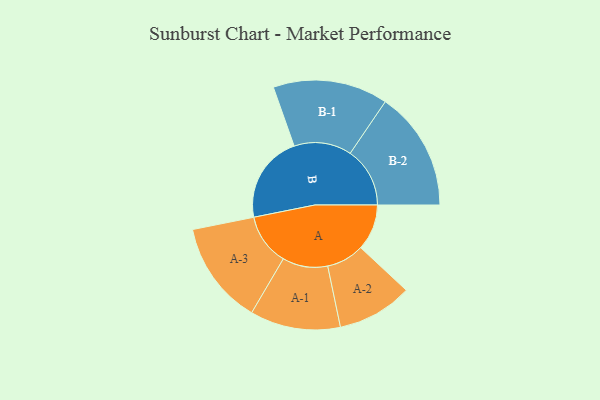
{"axis": {"x": "Segment", "y": "Value"}, "legend": ["", "A", "B"], "data": [{"x": "A", "y": 165, "type": ""}, {"x": "B", "y": 314, "type": ""}, {"x": "A-1", "y": 162, "type": "A"}, {"x": "A-2", "y": 135, "type": "A"}, {"x": "A-3", "y": 185, "type": "A"}, {"x": "B-1", "y": 206, "type": "B"}, {"x": "B-2", "y": 214, "type": "B"}]}